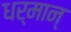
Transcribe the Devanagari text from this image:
धर्मान्